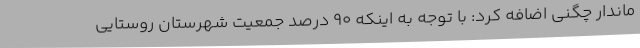
ماندار چگنی اضافه کرد: با توجه به اینکه 90 درصد جمعیت شهرستان روستایی